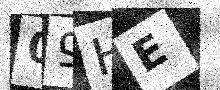
Text: 09HE